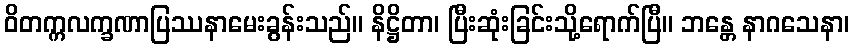
ဝိတက္ကလက္ခဏာပြဿနာမေးခွန်းသည်။ နိဋ္ဌိတာ၊ ပြီးဆုံးခြင်းသို့ရောက်ပြီ။ ဘန္တေ နာဂသေနာ၊